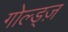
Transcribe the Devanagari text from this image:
गोल्ड्ज़